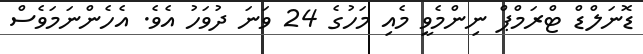
ޑޮނަލްޑް ޓްރަމްޕް ނިންމެވީ މެއި މަހުގެ 24 ވަނަ ދުވަހު އެވެ. އެހެންނަމަވެސް